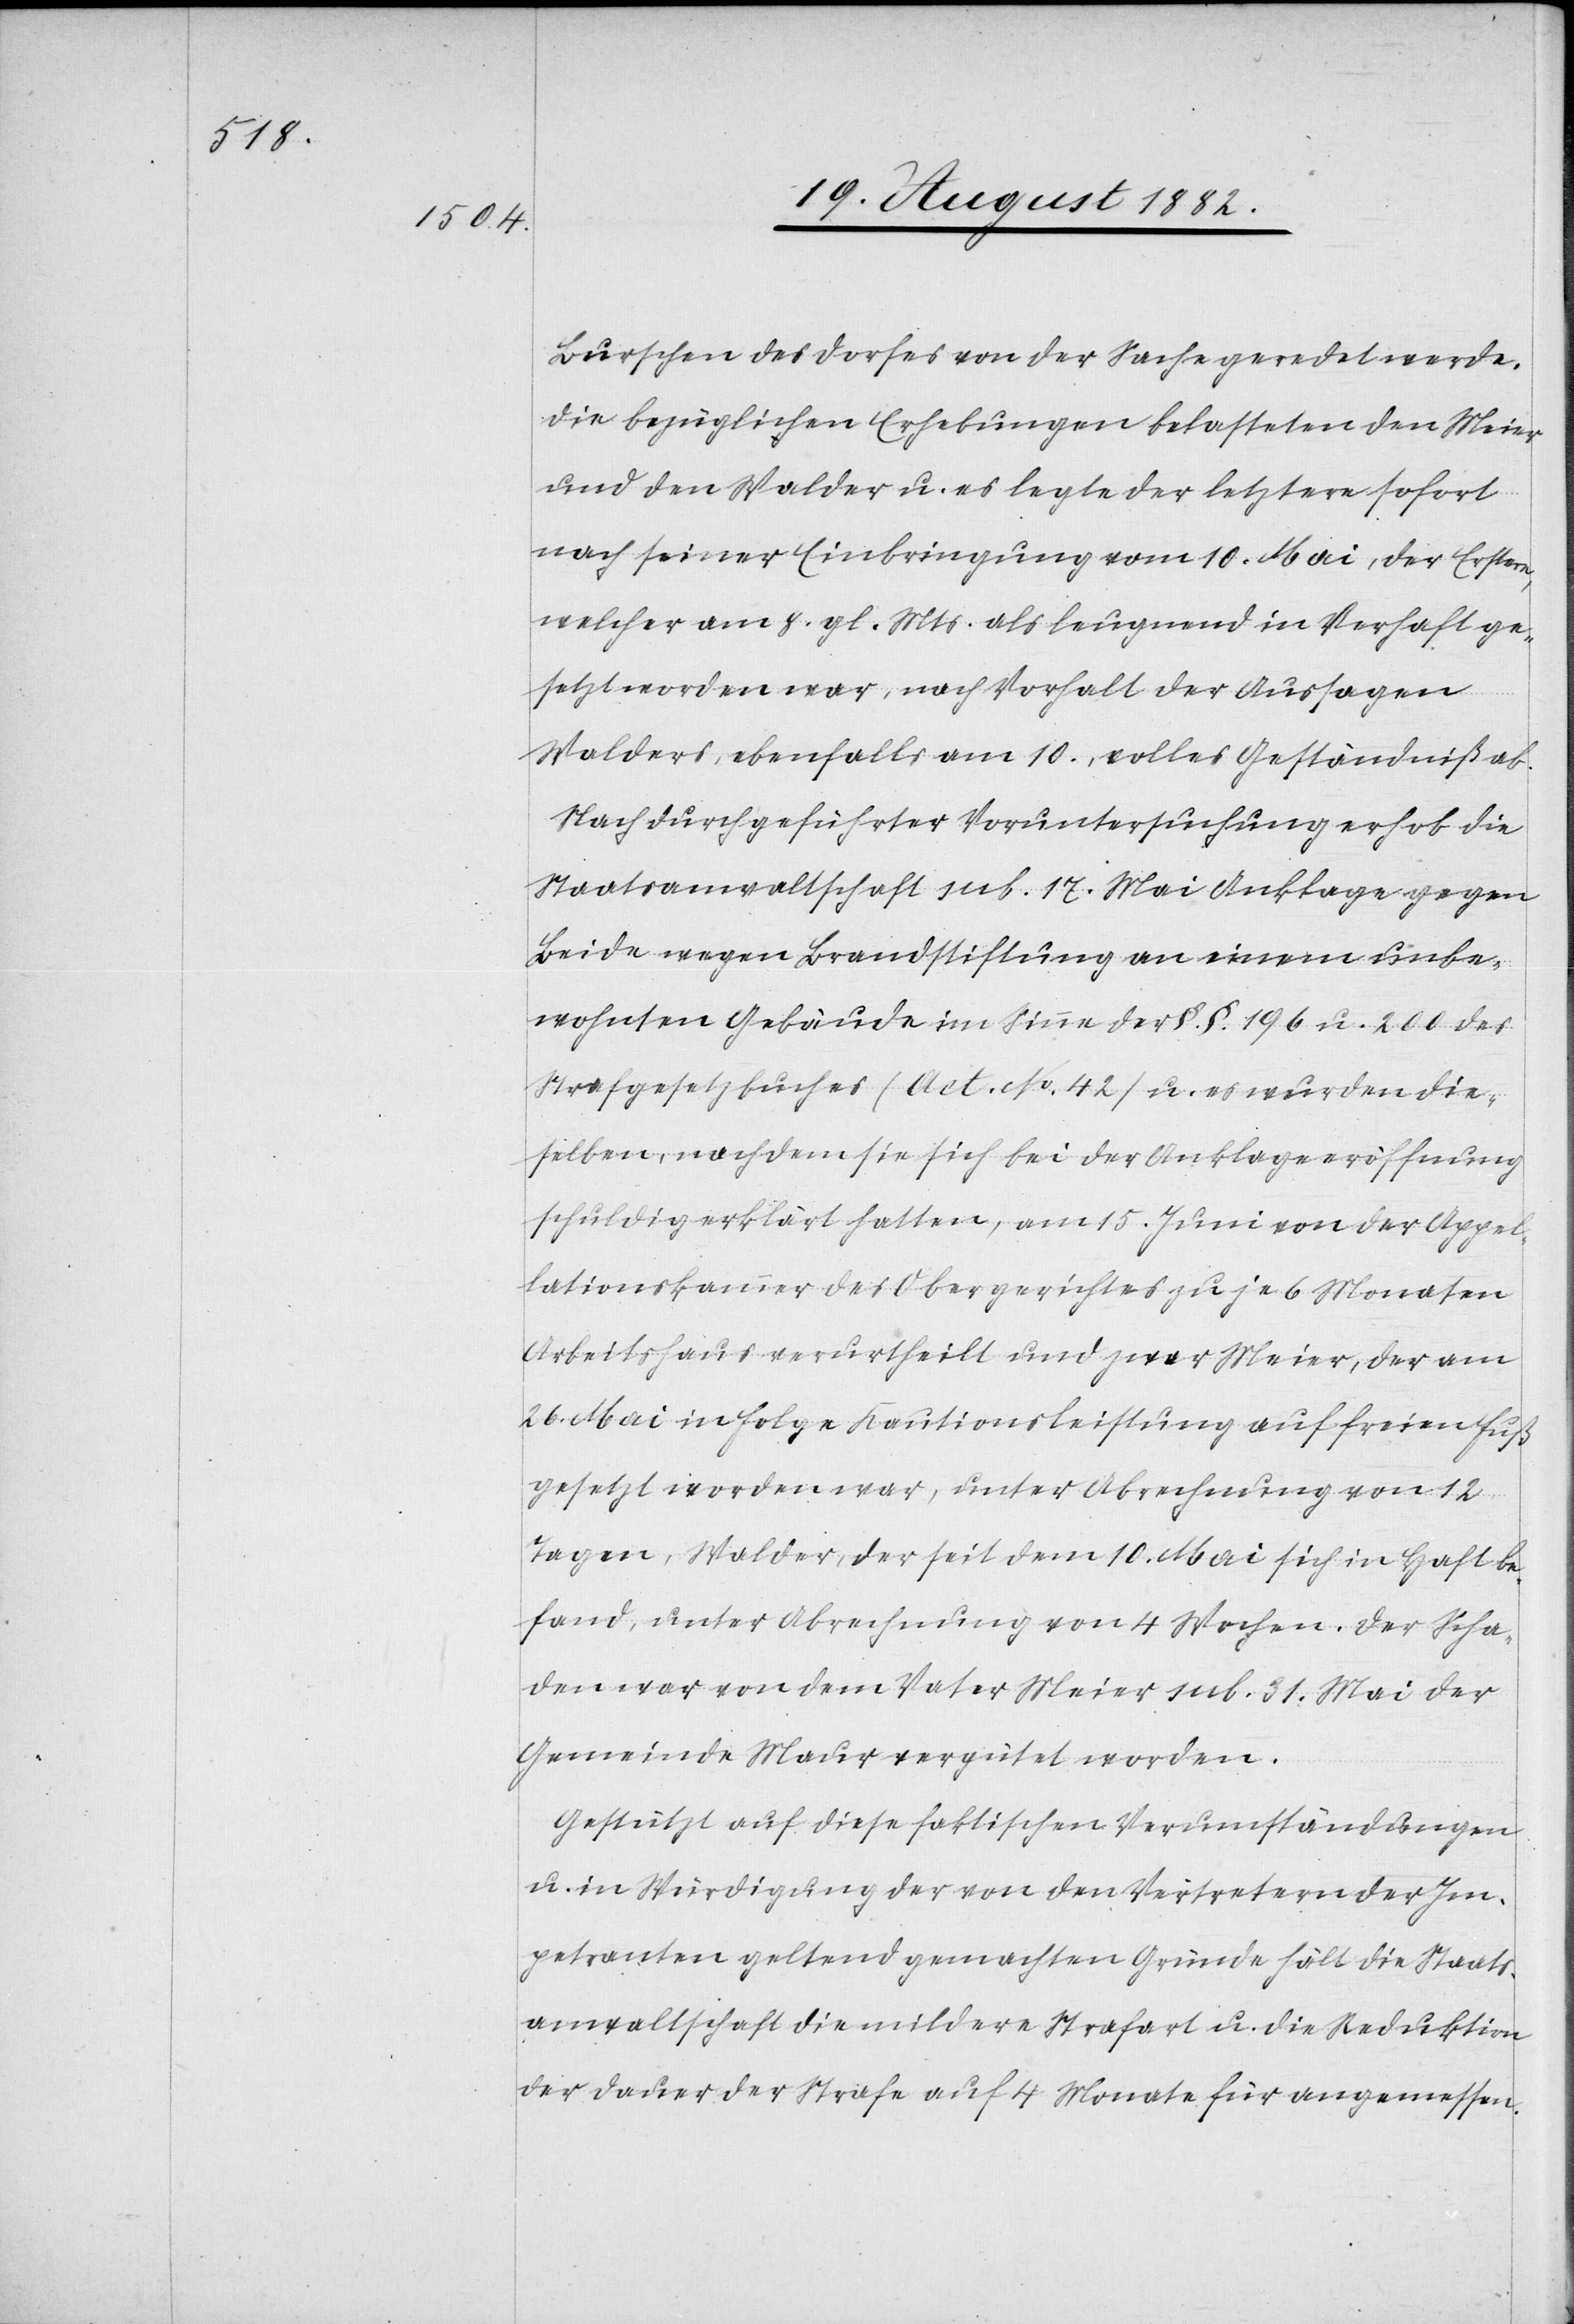
10.,

ab.
Burschen des Dorfes von der Sache gesprochen werde.
Die bezüglichen Erhebungen belasteten den Meier
und den Walder u. es legte der letztere sofort
nach seiner Einbringung vom 10. Mai, der Erstere,
welcher am 8. gl. Mts. als leugnend in Verhaft ge¬
Nach durchgeführter Voruntersuchung erhob die
Staatsanwaltschaft sub. 17. Mai Anklage gegen
Beide wegen Brandstiftung an einem unbe¬
wohnten Gebäude im Sinne der §. §. 196 u. 200 des
Strafgesetzbuches (Act. No 42) u. es wurden die¬
selben, nachdem sie sich bei der Anklageeröffnung
schuldig erklärt hatten, am 15. Juni von der Appel¬
lationskammer des Obergerichtes zu je 6 Monaten
Arbeitshaus verurtheilt und zwar Meier, der am
26. Mai in Folge Kautionsleistung auf freien Fuß
gesetzt worden war, unter Abrechnung von 12
Tagen, Walder, der seit dem 10. Mai sich in Haft be¬
fand, unter Abrechnung von 4 Wochen. Der Scha¬
den war von dem Vater Meier sub. 31. Mai der
Gemeinde Maur vergütet worden.
Gestützt auf diese faktischen Verumständungen
u. in Würdigung der von den Vertretern der Im¬
petranten geltend gemachten Gründe hält die Staats¬
anwaltschaft die mildere Strafart u. die Reduktion
der Dauer der Strafe auf 4 Monate für angemessen.